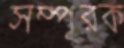
সম্পূরক